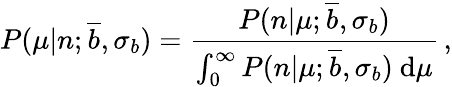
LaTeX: P(\mu|n;\overline{{{b}}},\sigma_{b})=\frac{P(n|\mu;\overline{{{b}}},\sigma_{b})}{\int_{0}^{\infty}P(n|\mu;\overline{{{b}}},\sigma_{b})\ \mathrm{d}\mu}\, ,